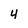
Character: 4